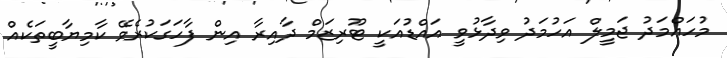
މުހައްމަދު ޖަމީލް އަހުމަދު ވިދާޅުވީ އައްޑުއަކީ ޓޫރިޒަމް ދާއިރާ އިން ފާހަގަކުރެވޭ ކާމިޔާބީތަކެއް